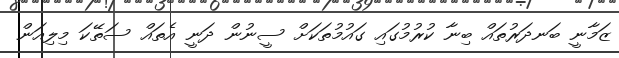
ޒަމާނީ ބަނދަރުތައް ބިނާ ކުރުމުގައި ގައުމުތަކަށް ސީނުން ދަނީ އެތައް ސަތޭކަ މިލިއަން